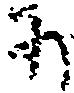
そ